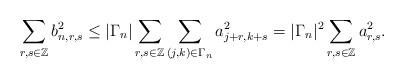
LaTeX: \begin{align*} \sum_{r, s\in \mathbb{Z}}b_{n,r,s}^{2}\le |\Gamma_n|\sum_{r, s\in \mathbb{Z}} \sum_{(j,k)\in \Gamma_n} a^2_{j+r, k+s}= |\Gamma_n|^2\sum_{r, s\in \mathbb{Z}}a_{r,s}^{2}. \end{align*}